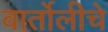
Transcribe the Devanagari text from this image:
बार्तोलीचे